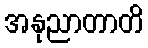
အနုညာတာတိ